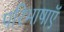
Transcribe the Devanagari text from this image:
परिभाषाऍं